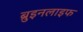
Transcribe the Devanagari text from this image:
ब्रुइनलाइफ